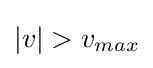
|v|>v_{max}